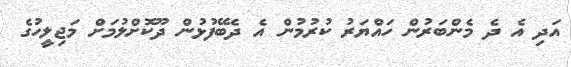
އަދި އެ ދެ މެންބަރުން ހައްޔަރު ކުރުމުން އެ ދެބޭފުޅުން ދޫކޮށްލުމަށް މަޖިލީހުގެ